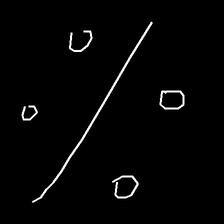
Glyph: cool